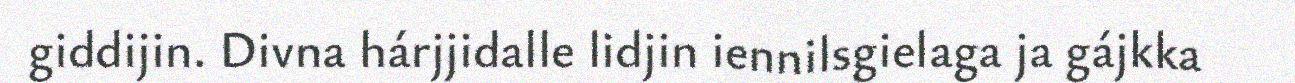
giddijin. Divna hárjjidalle lidjin iennilsgielaga ja gájkka